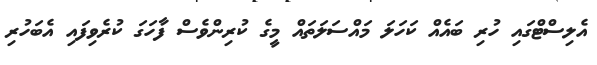
އެލިސްޓްގައި ހުރި ބައެއް ކަހަލަ މައްސަލަތައް މީގެ ކުރިންވެސް ފާހަގަ ކުރެވިފައި އެބަހުރި